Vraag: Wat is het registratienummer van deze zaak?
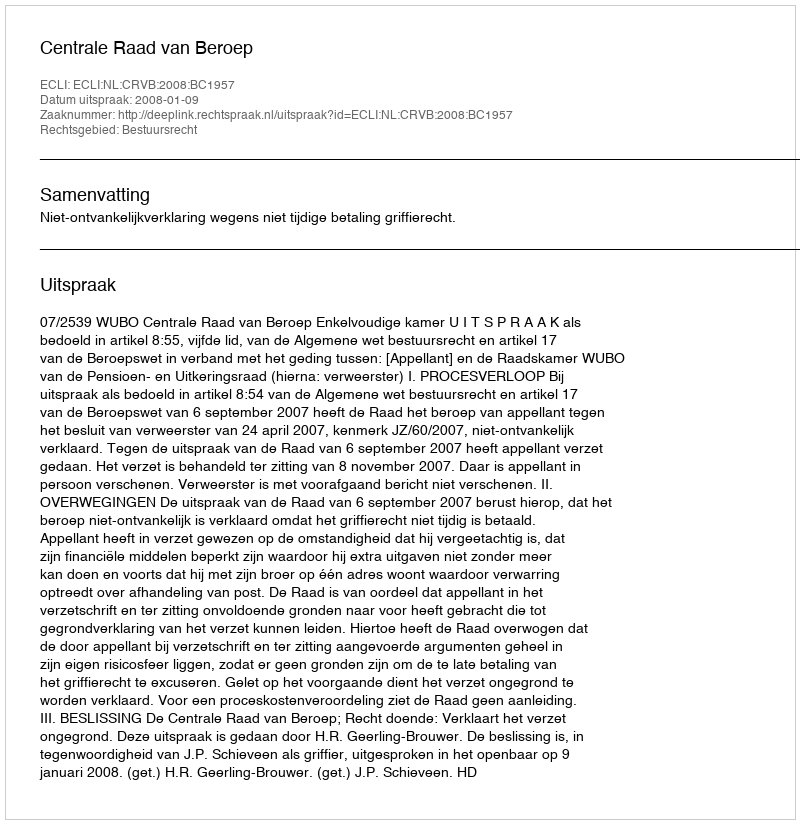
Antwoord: http://deeplink.rechtspraak.nl/uitspraak?id=ECLI:NL:CRVB:2008:BC1957